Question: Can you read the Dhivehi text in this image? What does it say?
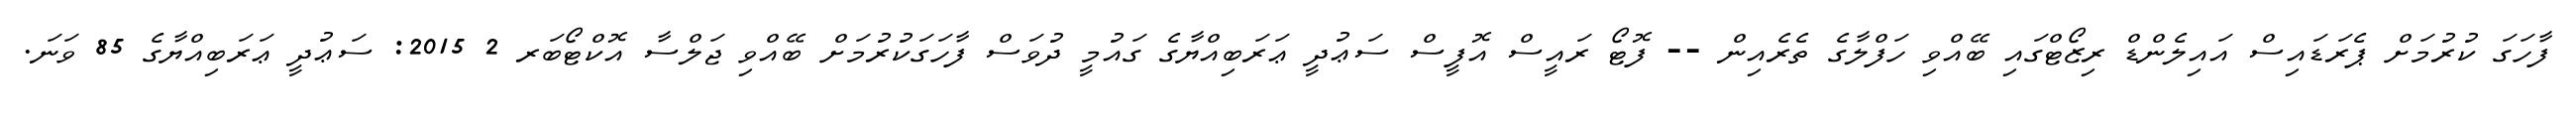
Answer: ފާހަގަ ކުރުމަށް ޕެރަޑައިސް އައިލެންޑް ރިޒޯޓްގައި ބޭއްވި ހަފްލާގެ ތެރެއިން -- ފޮޓޯ ރައީސް އޮފީސް ސަޢުދީ ޢަރަބިއްޔާގެ ގައުމީ ދުވަސް ފާހަގަކުރުމަށް ބޭއްވި ޖަލްސާ އޮކްޓޯބަރ 2 2015: ސަޢުދީ ޢަރަބިއްޔާގެ 85 ވަނަ.